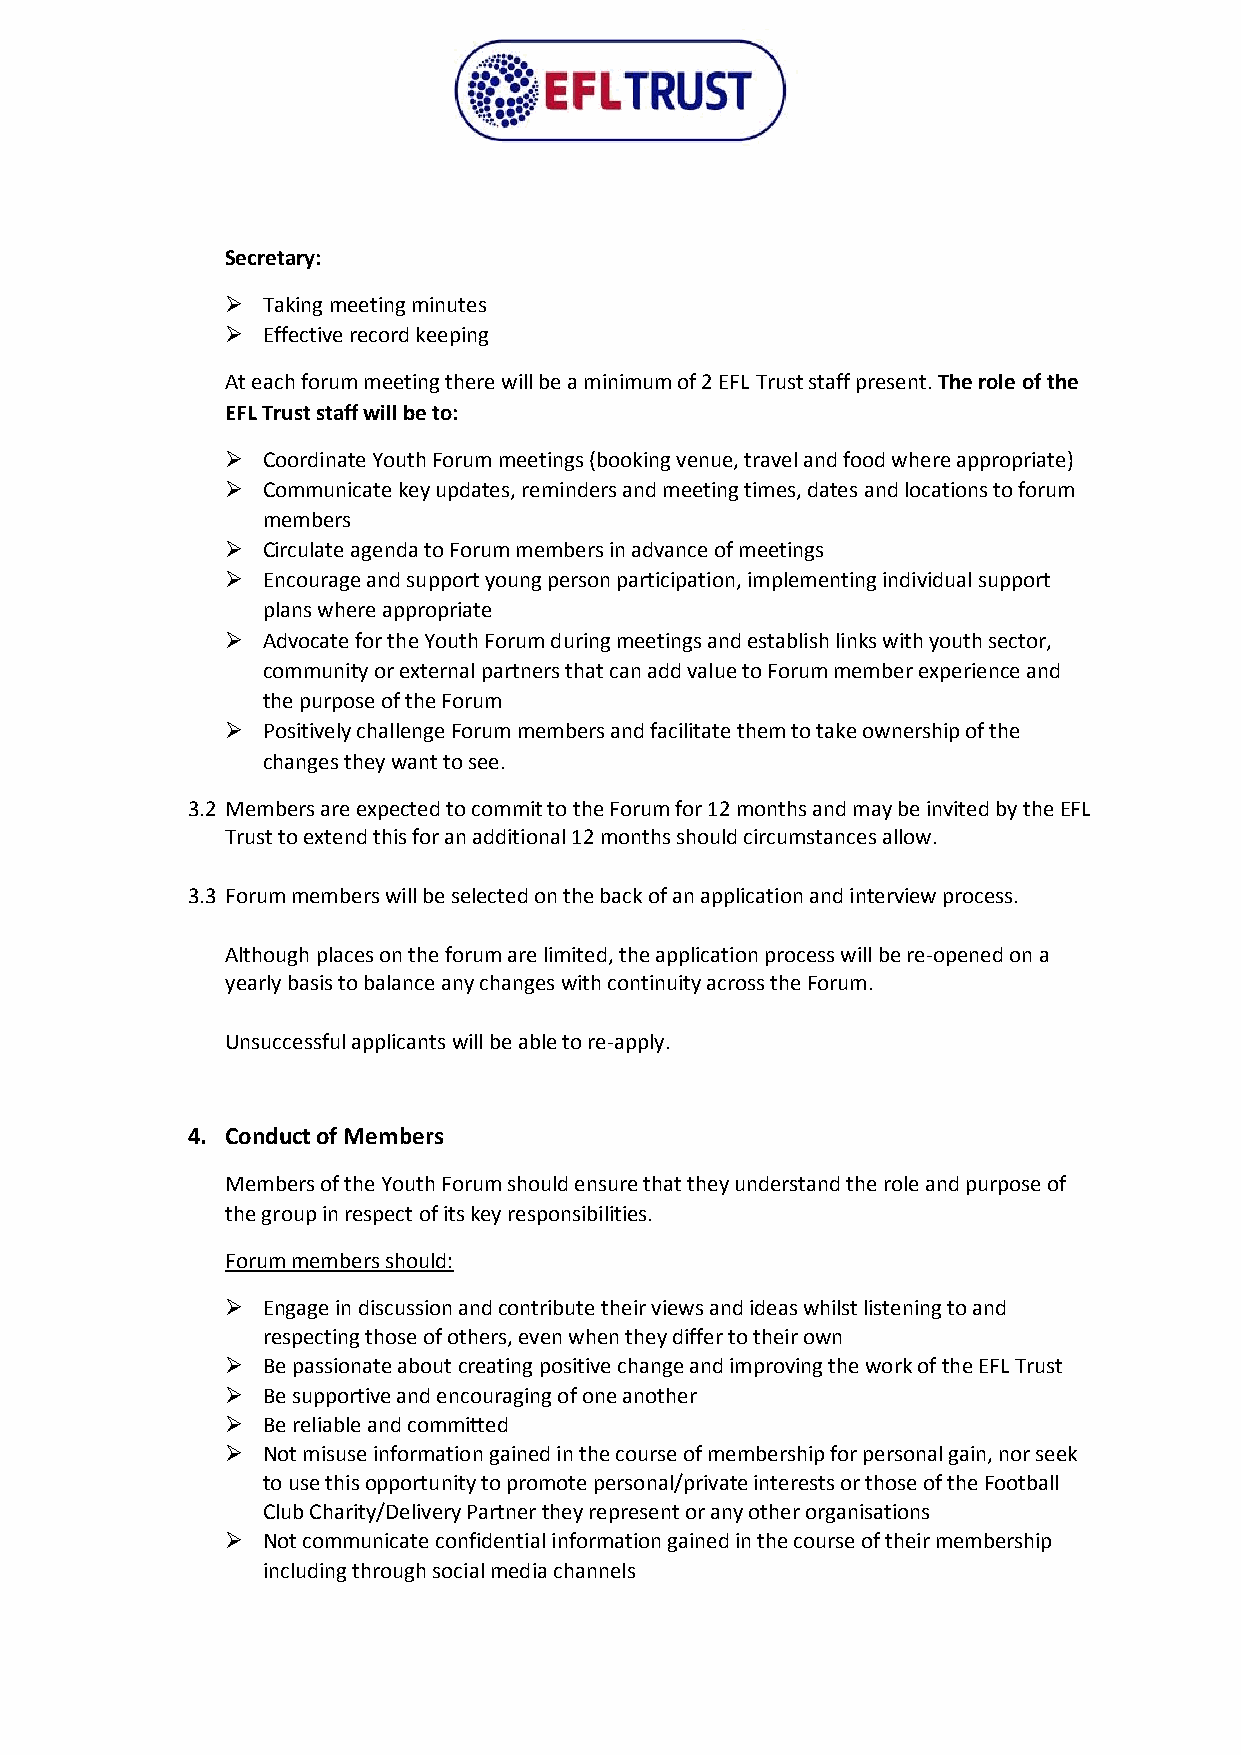
Secretary:
  Taking meeting minutes
  Effective record keeping
 At each forum meeting there will be a minimum of 2 EFL Trust staff present. The role of the
 EFL Trust staff will be to:
  Coordinate Youth Forum meetings (booking venue, travel and food where appropriate)
  Communicate key updates, reminders and meeting times, dates and locations to forum
 members
  Circulate agenda to Forum members in advance of meetings
  Encourage and support young person participation, implementing individual support
 plans where appropriate
  Advocate for the Youth Forum during meetings and establish links with youth sector,
 community or external partners that can add value to Forum member experience and
 the purpose of the Forum
  Positively challenge Forum members and facilitate them to take ownership of the
 changes they want to see.
 3.2 Members are expected to commit to the Forum for 12 months and may be invited by the EFL
 Trust to extend this for an additional 12 months should circumstances allow.
 3.3 Forum members will be selected on the back of an application and interview process.
 Although places on the forum are limited, the application process will be re-opened on a
 yearly basis to balance any changes with continuity across the Forum.
 Unsuccessful applicants will be able to re-apply.
 4. Conduct of Members
 Members of the Youth Forum should ensure that they understand the role and purpose of
 the group in respect of its key responsibilities.
 Forum members should:
  Engage in discussion and contribute their views and ideas whilst listening to and
 respecting those of others, even when they differ to their own
  Be passionate about creating positive change and improving the work of the EFL Trust
  Be supportive and encouraging of one another
  Be reliable and committed
  Not misuse information gained in the course of membership for personal gain, nor seek
 to use this opportunity to promote personal/private interests or those of the Football
 Club Charity/Delivery Partner they represent or any other organisations
  Not communicate confidential information gained in the course of their membership
 including through social media channels